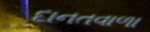
દાનતવાળા